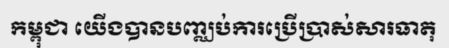
កម្ពុជា យើងបានបញ្ឈប់ការប្រើប្រាស់សារធាតុ